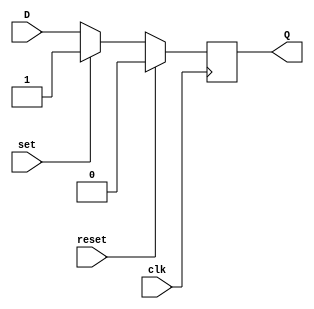
module Synchronous_D_FF (
    input wire D,
    input wire clk,
    input wire reset,
    input wire set,
    output reg Q
);

always @(posedge clk) begin
    if (reset) begin
        Q <= 1'b0; // Reset value
    end else if (set) begin
        Q <= 1'b1; // Set value
    end else begin
        Q <= D; // D input value
    end
end

endmodule